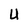
Character: U